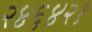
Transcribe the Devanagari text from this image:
२४६४२१